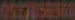
OSZTUSESGO